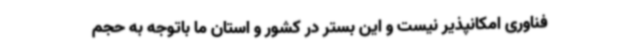
فناوری امکانپذیر نیست و این بستر در کشور و استان ما باتوجه به حجم